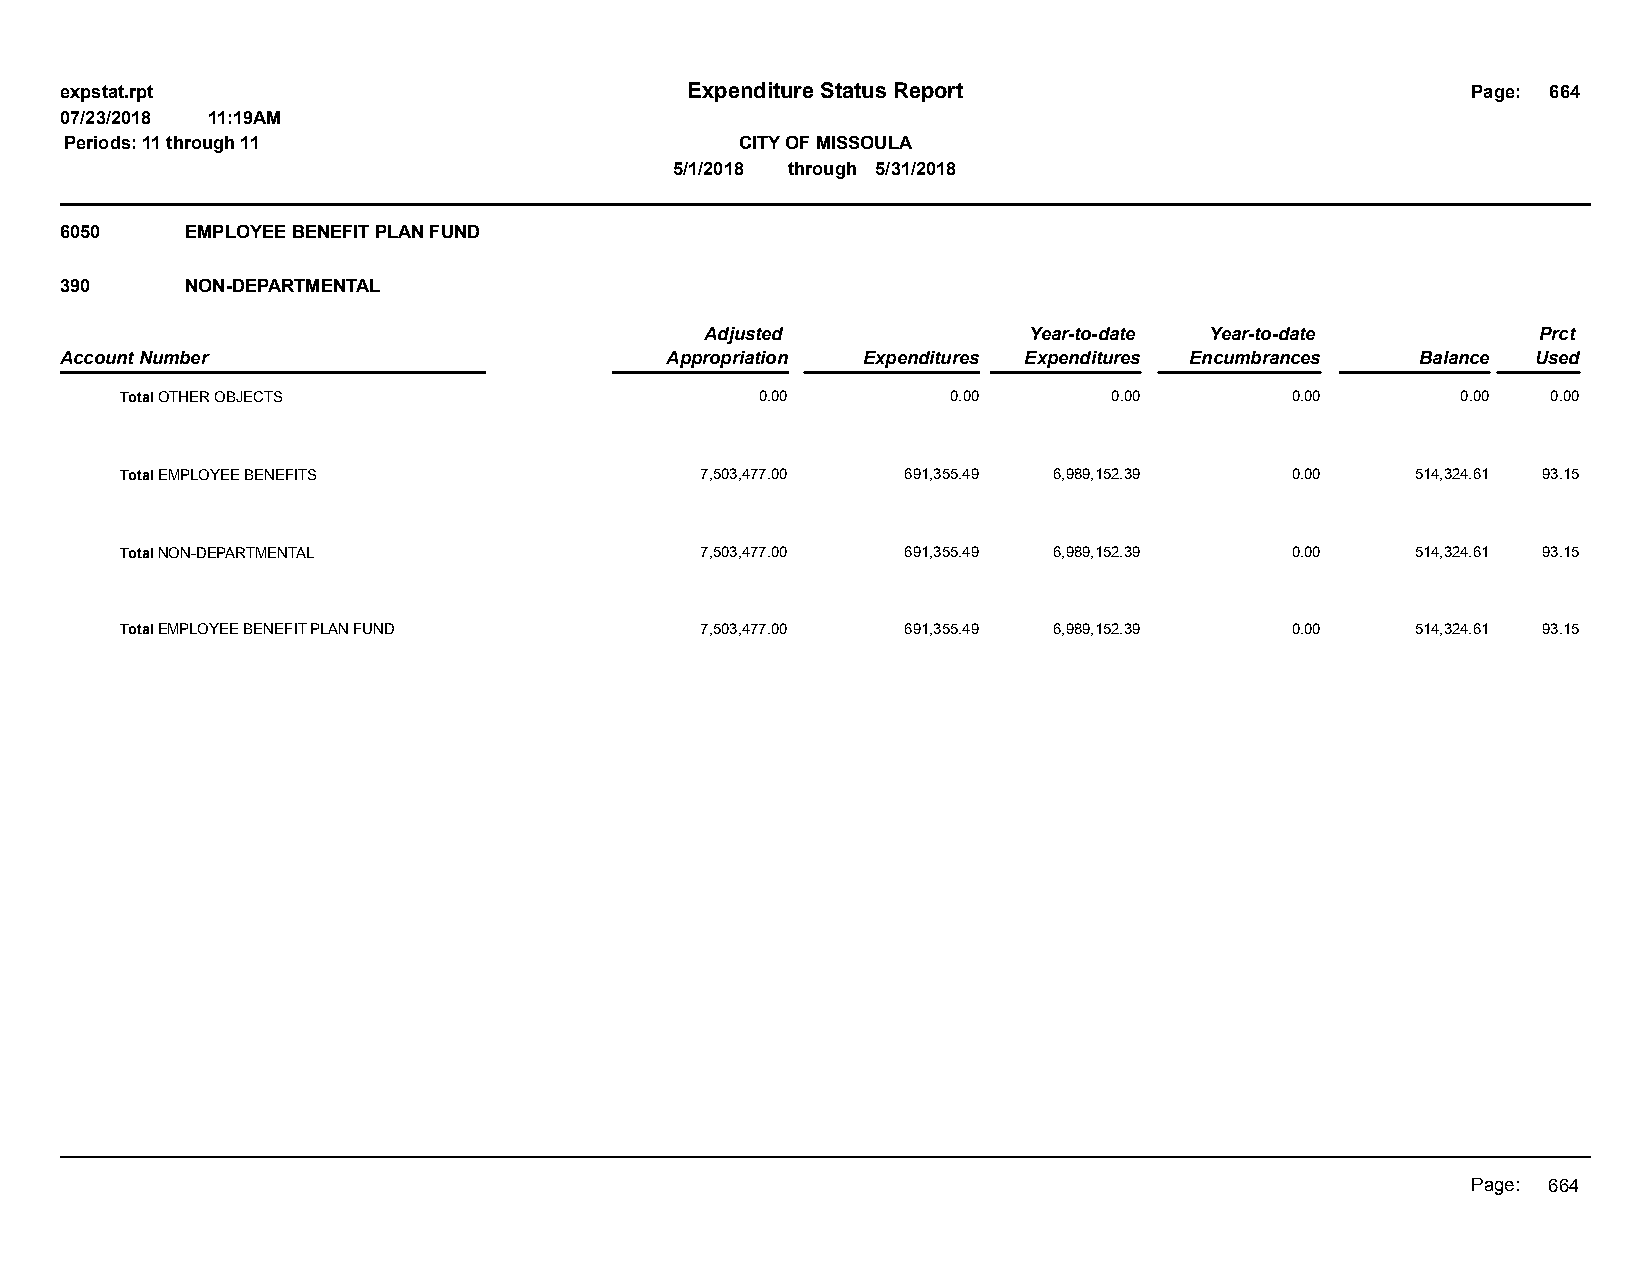
expstat.rpt                              Expenditure Status Report                           Page: 664
 07/23/2018 11:19AM
 Periods: 11 through 11                       CITY OF MISSOULA
 5/1/2018 through 5/31/2018
 6050    EMPLOYEE BENEFIT PLAN FUND
 390     NON-DEPARTMENTAL
 Adjusted             Year-to-date Year-to-date         Prct
 Account Number                          Appropriation Expenditures Expenditures Encumbrances Balance Used
 Total OTHER OBJECTS                       0.00         0.00       0.00       0.00        0.00  0.00
 Total EMPLOYEE BENEFITS               7,503,477.00  691,355.49 6,989,152.39  0.00     514,324.61 93.15
 Total NON-DEPARTMENTAL                7,503,477.00  691,355.49 6,989,152.39  0.00     514,324.61 93.15
 Total EMPLOYEE BENEFIT PLAN FUND      7,503,477.00  691,355.49 6,989,152.39  0.00     514,324.61 93.15
 Page: 664